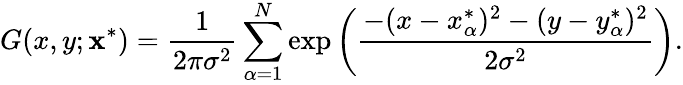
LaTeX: G(x,y;\mathbf x^{*})=\frac{1}{2\pi\sigma^{2}}\sum_{\alpha=1}^{N}\exp\left(\frac{-(x-x_{\alpha}^{*})^{2}-(y-y_{\alpha}^{*})^{2}}{2\sigma^{2}}\right).